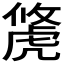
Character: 𧇐